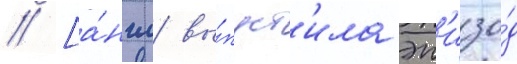
// [а́нгл. вы́пуст'ила эп'изо́д